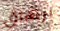
إرهاق